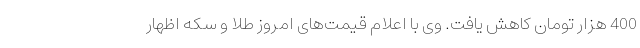
400 هزار تومان کاهش یافت. وی با اعلام قیمت‌های امروز طلا و سکه اظهار